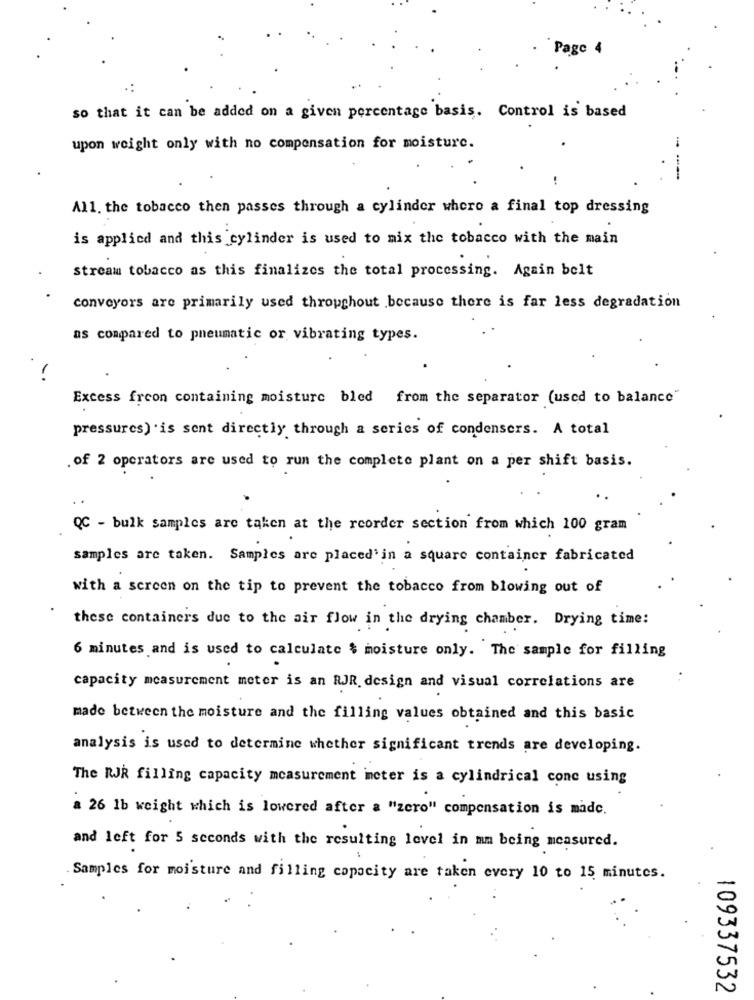
Page 4
so that it can be added on a given percentage basis. Control is based
upon weight only with no compensation for moisture.
---
All. the tobacco then passes through a cylinder where a final top dressing
is applied and this cylinder is used to mix the tobacco with the main
stream tobacco as this finalizes the total processing. Again belt
conveyors are primarily used throughout because there is far less degradation
as compared to pneumatic or vibrating types.
Excess freon containing moisture bled from the separator (used to balance"
pressures) is sent directly through a series of condensers. A total
of 2 operators are used to run the complete plant on a per shift basis.
QC - bulk samples are taken at the reorder section from which 100 gram
samples are taken. Samples are placed'in a square container fabricated
with a screen on the tip to prevent the tobacco from blowing out of
these containers due to the air flow in the drying chamber. Drying time:
6 minutes and is used to calculate $ moisture only. The sample for filling
capacity measurement meter is an RJR. design and visual correlations are
made between the moisture and the filling values obtained and this basic
analysis is used to determine whether significant trends are developing.
The RJR filling capacity measurement meter is a cylindrical conc using
a 26 1b weight which is lowered after a "zero" compensation is made.
and left for 5 seconds with the resulting level in mm being measured.
Samples for moisture and filling capacity are taken every 10 to 15 minutes.
109337532